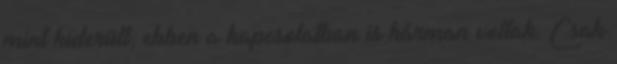
mint kiderült, ebben a kapcsolatban is hárman voltak. Csak